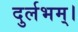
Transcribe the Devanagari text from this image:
दुर्लभम्।